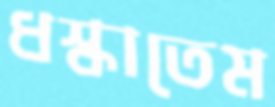
ধস্‌কাতেম